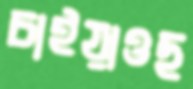
চাইয়াওছ